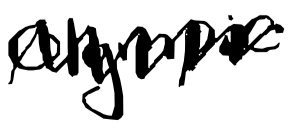
Text: Olympic
Cross-out: zig-zag
Writing tool: digital_black